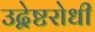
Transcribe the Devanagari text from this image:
उद्वेष्टरोधी